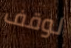
لوقف